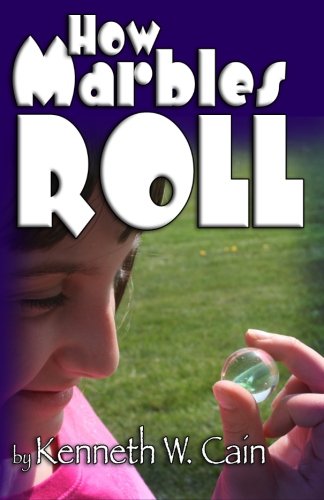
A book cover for How Marbles Roll; Kenneth W. Cain; Crafts, Hobbies & Home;